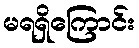
မရရှိကြောင်း